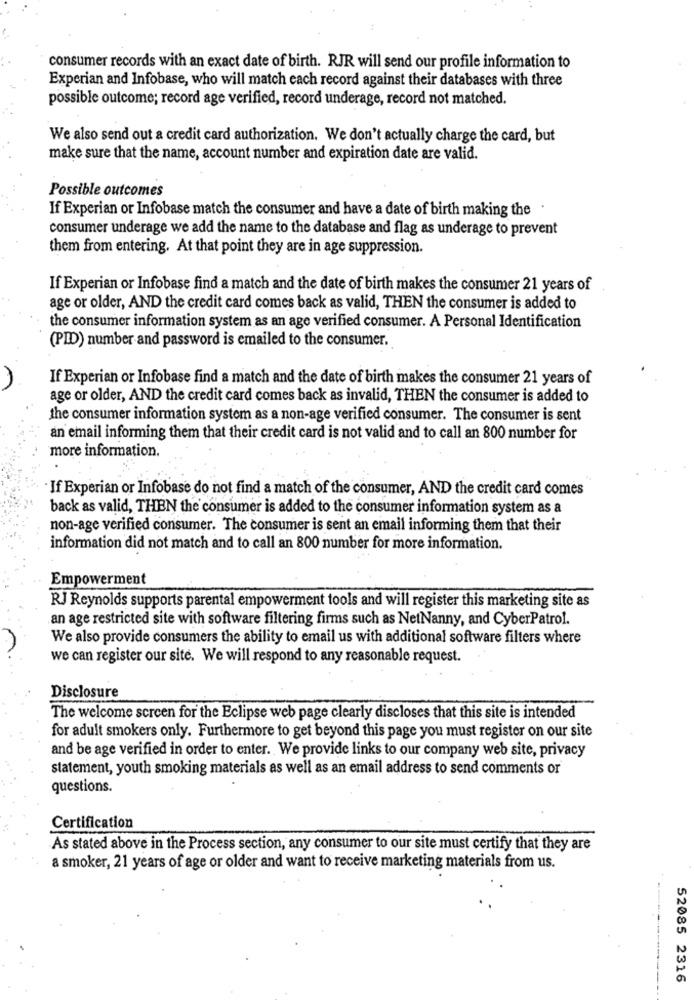
consumer records with an exact date of birth. RJR will send our profile information to
Experian and Infobase, who will match each record against their databases with three
possible outcome; record age verified, record underage, record not matched.
We also send out a credit card authorization. We don't actually charge the card, but
make sure that the name, account number and expiration date are valid.
Possible outcomes
If Experian or Infobase match the consumer and have a date of birth making the
consumer underage we add the name to the database and flag as underage to prevent
them from entering. At that point they are in age suppression.
If Experian or Infobase find a match and the date of birth makes the consumer 21 years of
age or older, AND the credit card comes back as valid, THEN the consumer is added to
the consumer information system as an age verified consumer. A Personal Identification
(PID) number and password is emailed to the consumer.
If Experian or Infobase find a match and the date of birth makes the consumer 21 years of
age or older, AND the credit card comes back as invalid, THEN the consumer is added to
the consumer information system as a non-age verified consumer. The consumer is sent
an email informing them that their credit card is not valid and to call an 800 number for
more information.
If Experian or Infobase do not find a match of the consumer, AND the credit card comes
back as valid, THEN the consumer is added to the consumer information system as a
non-age verified consumer. The consumer is sent an email informing them that their
information did not match and to call an 800 number for more information.
Empowerment
RJ Reynolds supports parental empowerment tools and will register this marketing site as
an age restricted site with software filtering firms such as NetNanny, and CyberPatrol.
We also provide consumers the ability to email us with additional software filters where
we can register our site. We will respond to any reasonable request.
Disclosure
The welcome screen for the Eclipse web page clearly discloses that this site is intended
for adult smokers only. Furthermore to get beyond this page you must register on our site
and be age verified in order to enter. We provide links to our company web site, privacy
statement, youth smoking materials as well as an email address to send comments or
questions.
Certification
As stated above in the Process section, any consumer to our site must certify that they are
a smoker, 21 years of age or older and want to receive marketing materials from us.
52085 2316